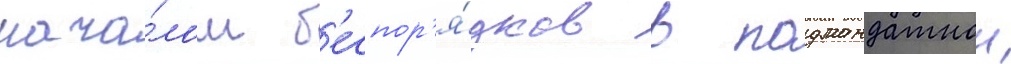
нача́лом б'еспор'я́дков в подмандатнои